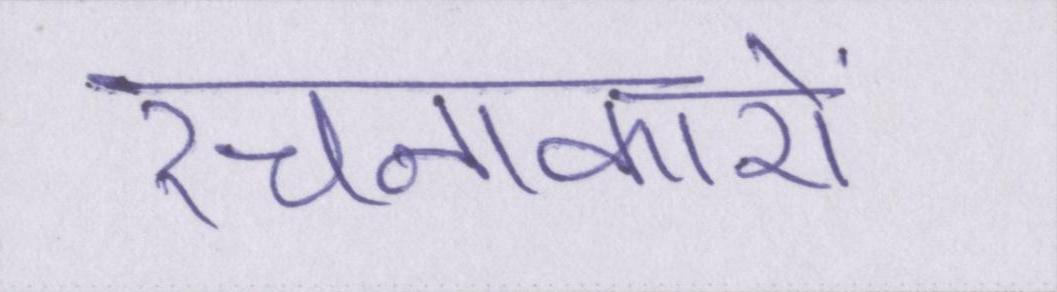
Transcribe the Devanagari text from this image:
रचनाकारों